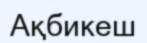
Ақбикеш